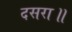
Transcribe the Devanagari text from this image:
दसरा॥